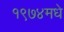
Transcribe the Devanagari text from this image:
१९७४मधे